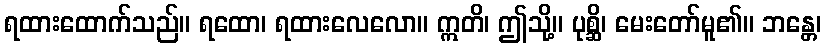
ရထားထောက်သည်။ ရထော၊ ရထားလေလော။ ဣတိ၊ ဤသို့။ ပုစ္ဆိ၊ မေးတော်မူ၏။ ဘန္တေ၊